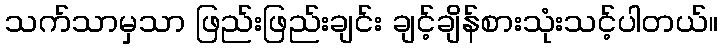
သက်သာမှသာ ဖြည်းဖြည်းချင်း ချင့်ချိန်စားသုံးသင့်ပါတယ်။